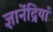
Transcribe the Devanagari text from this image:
ज्ञानेंद्रियां